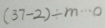
( 3 7 - 2 ) \div m \cdots 0